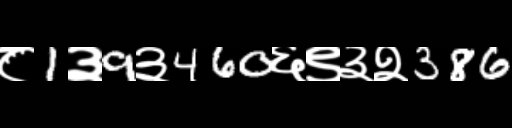
Text: ८1३9३460६९३२386